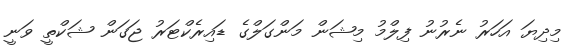
މިދިޔަ އަހަރު ނެރުނު ފިލްމު މިޝަން މަންގަލްގެ ޑައިރެކްޓަރު ޖަގަން ޝަކްތީ ވަނީ